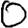
Digit: 0